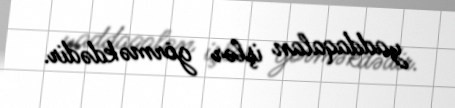
yaddaqalan işlər görməkdədir.